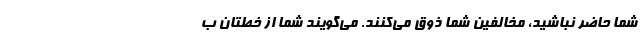
شما حاضر نباشید، مخالفین شما ذوق می‌کنند. می‌گویند شما از خطتان ب